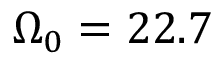
\Omega _ { 0 } = 2 2 . 7